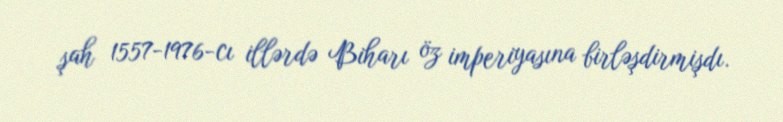
şah 1557-1976-cı illərdə Biharı öz imperiyasına birləşdirmişdı.